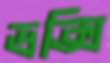
ভক্সি